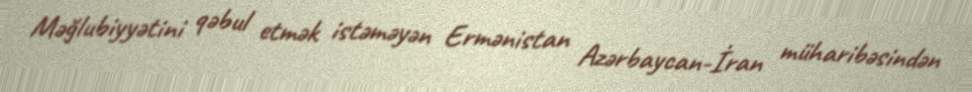
Məğlubiyyətini qəbul etmək istəməyən Ermənistan Azərbaycan-İran müharibəsindən